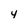
Character: 4